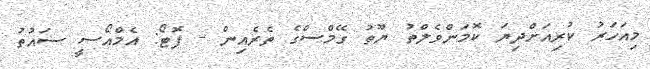
މިއަހަރު ކުރިއަށްދިޔަ ކޮމަންވެލްތު ޔޫތު ގޭމްސްގެ ތެރެއިން - ފޮޓޯ: އެމްއޯސީ ސައުތު